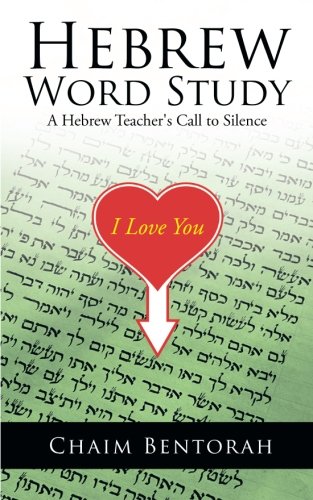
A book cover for Hebrew Word Study: A Hebrew Teacher's Call to Silence; Chaim Bentorah; Reference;